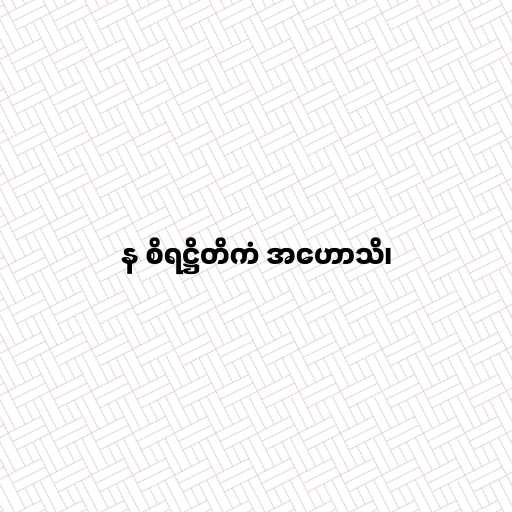
န စိရဋ္ဌိတိကံ အဟောသိ၊